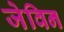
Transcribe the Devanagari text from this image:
जेविन